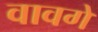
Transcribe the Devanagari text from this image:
वावगें